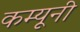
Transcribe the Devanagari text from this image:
कम्यूनी